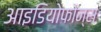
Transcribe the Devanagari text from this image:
आइडियोफोन्स